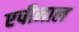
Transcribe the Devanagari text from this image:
एपीनाल